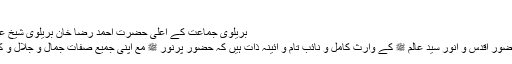
‘‘(فص ادریسیہ ۷۸)
بریلوی جماعت کے اعلیٰ حضرت احمد رضا خان بریلوی شیخ عبدالقادر جیلانی کے لیئے لکھتے ہیں:
’’حضور پر نور سیدنا غوث اعظم ،حضور اقدس و انور سید عالم ﷺ کے وارث کامل و نائب تام و آئینہ ذات ہیں کہ حضور پرنور ﷺ مع اپنی جمیع صفات جمال و جلال و کمال و افضال کے ان میں متجلی ہیں ۔